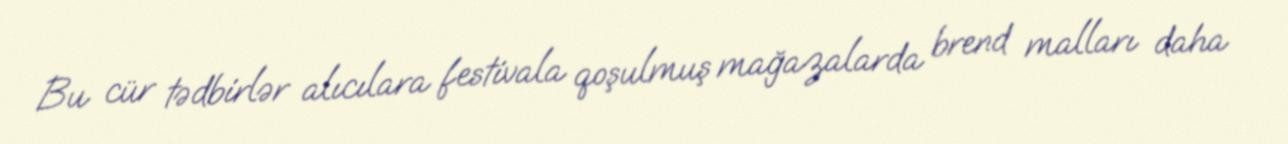
Bu cür tədbirlər alıcılara festivala qoşulmuş mağazalarda brend malları daha